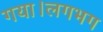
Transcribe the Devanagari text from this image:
गया।लगभग